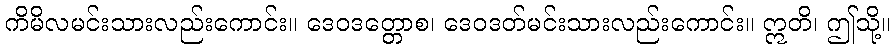
ကိမိလမင်းသားလည်းကောင်း။ ဒေဝဒတ္တောစ၊ ဒေဝဒတ်မင်းသားလည်းကောင်း။ ဣတိ၊ ဤသို့။